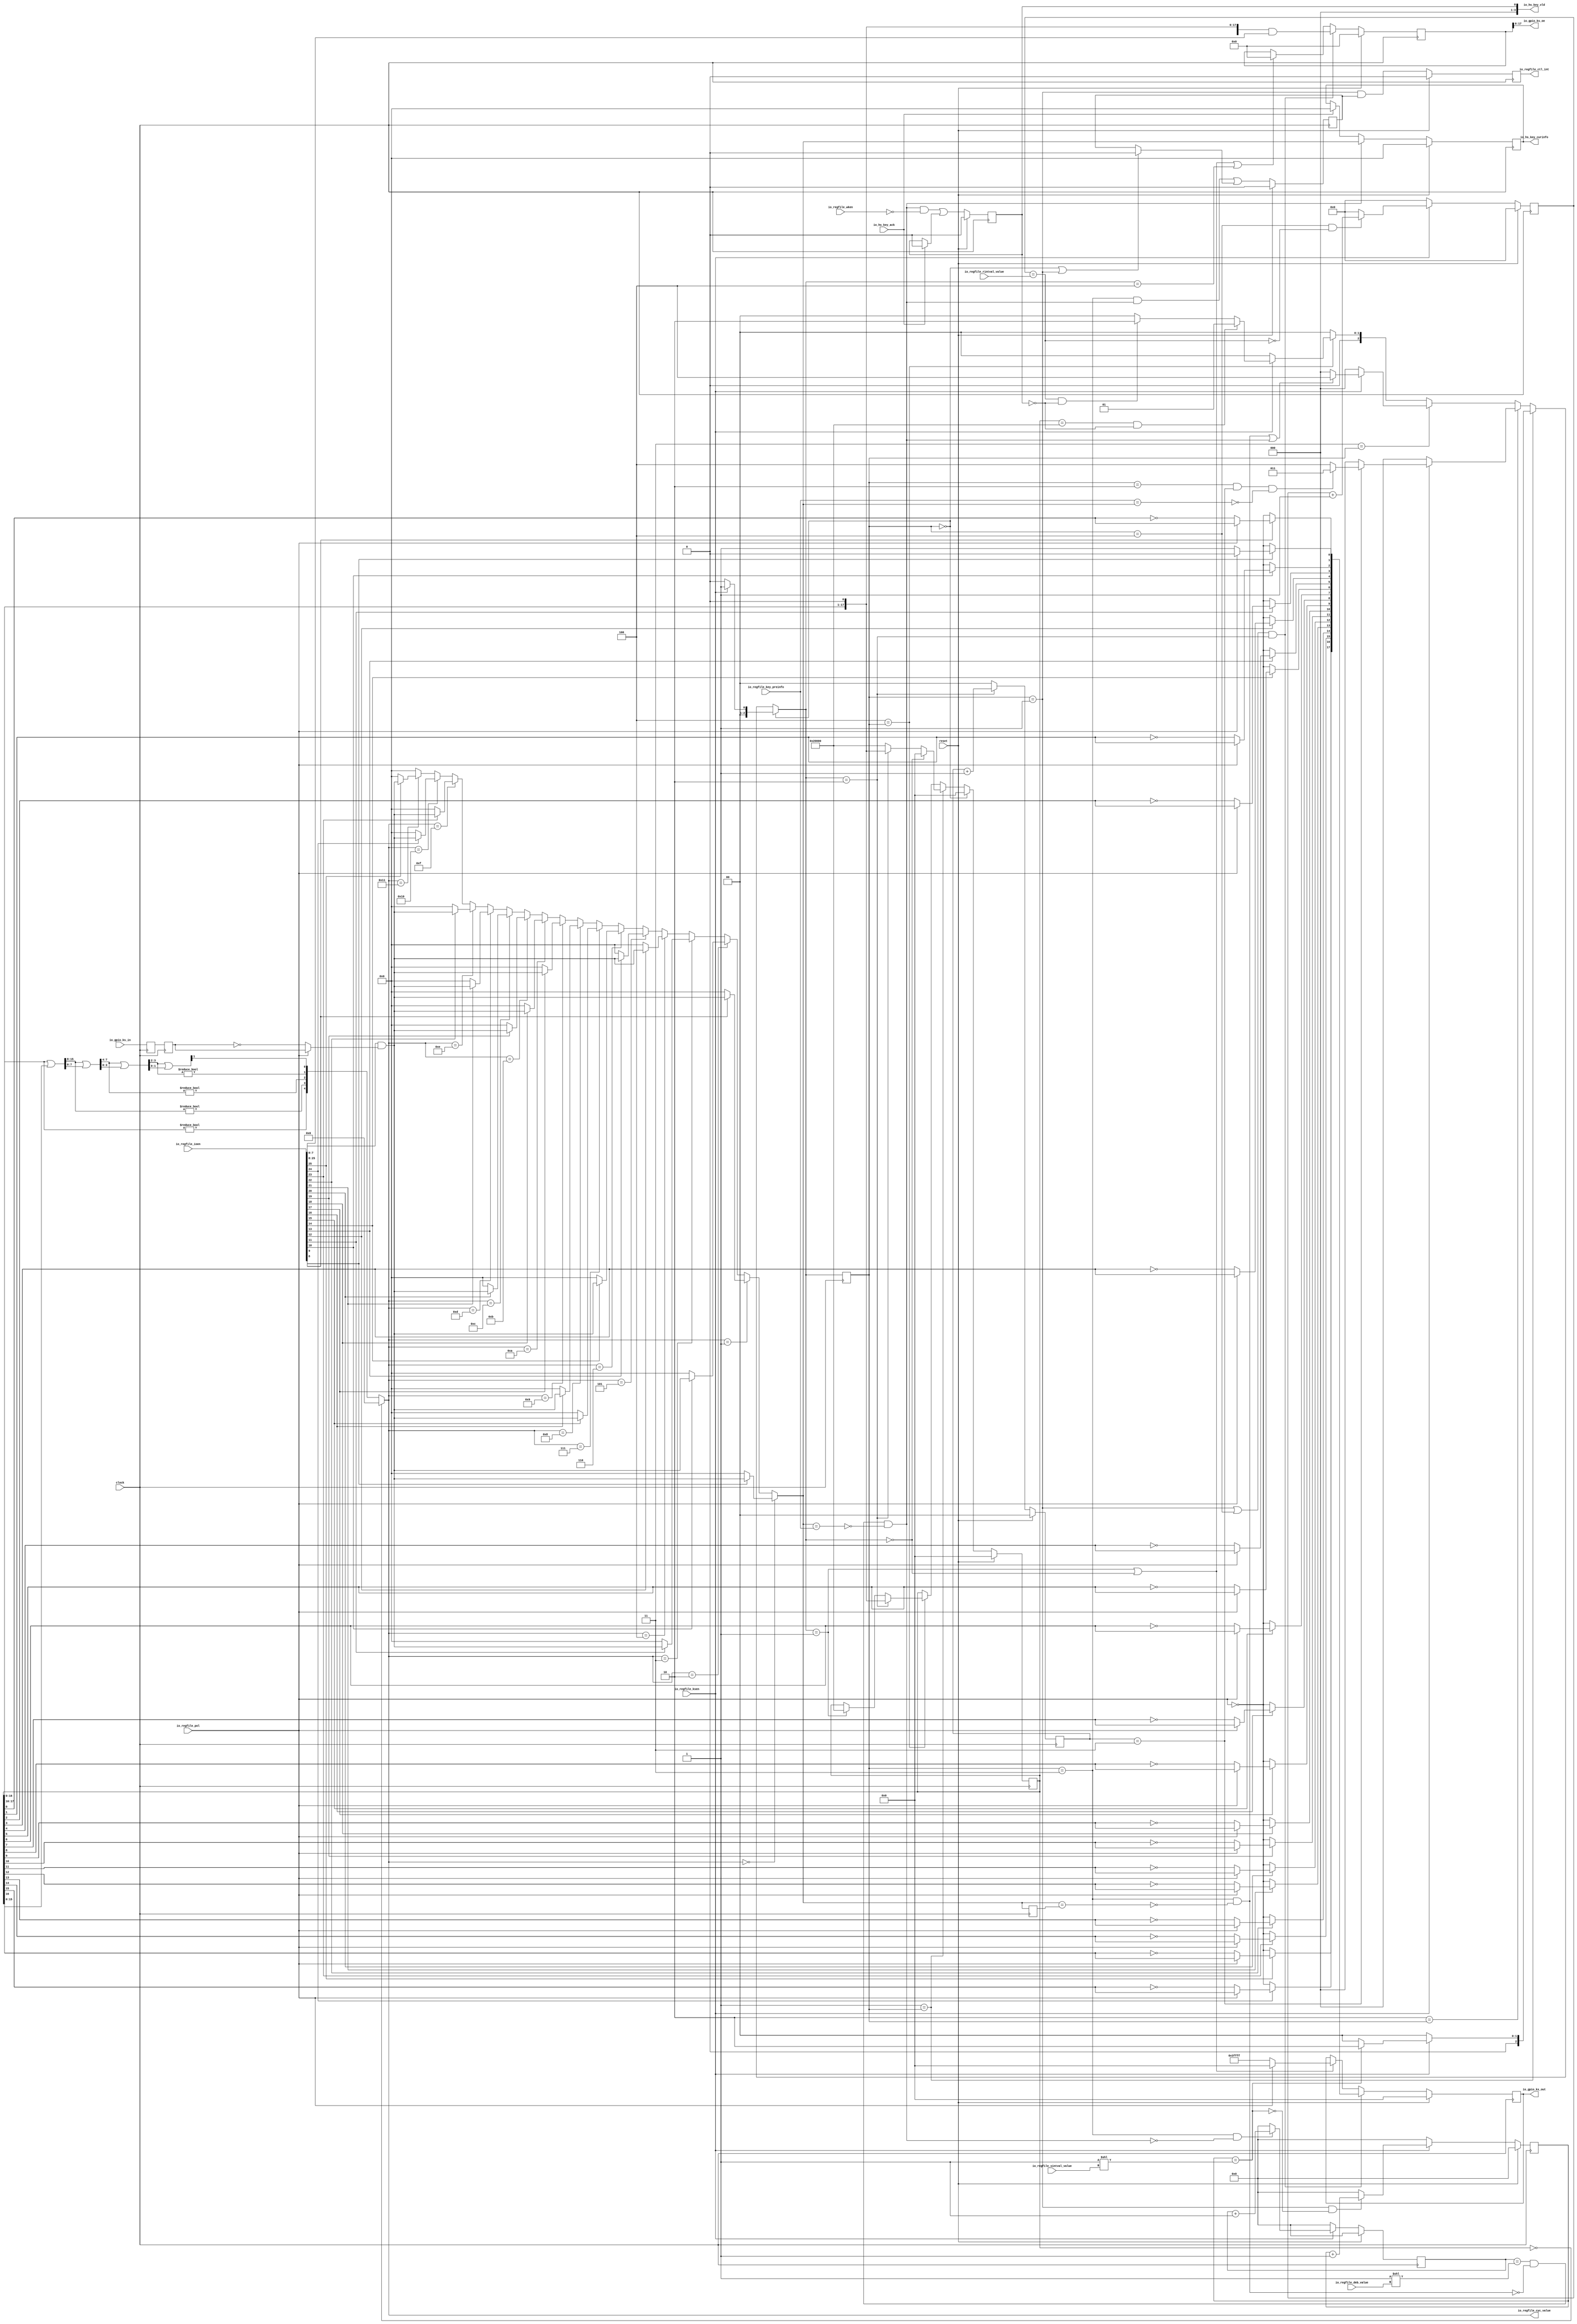
module Ctl(
  input         clock,
  input         reset,
  output [7:0]  io_hs_key_curinfo,
  output [3:0]  io_hs_key_vld,
  input         io_hs_key_ack,
  input         io_regfile_ksen,
  input         io_regfile_wken,
  input  [7:0]  io_regfile_key_preinfo,
  input  [25:0] io_regfile_ioen,
  input         io_regfile_pol,
  input  [3:0]  io_regfile_deb_value,
  input  [3:0]  io_regfile_rintval_value,
  input  [3:0]  io_regfile_sintval_value,
  output [4:0]  io_regfile_cyc_value,
  output        io_regfile_ctl_int,
  input  [7:0]  io_gpio_ks_in,
  output [17:0] io_gpio_ks_out,
  output [17:0] io_gpio_ks_oe
);
  reg [2:0] ks_state; // @[Ctl.scala 19:25]
  reg [31:0] _RAND_0;
  reg  key_vld; // @[Ctl.scala 26:24]
  reg [31:0] _RAND_1;
  reg [7:0] ks_in_d; // @[Ctl.scala 29:24]
  reg [31:0] _RAND_2;
  reg [7:0] ks_in_dd; // @[Ctl.scala 30:25]
  reg [31:0] _RAND_3;
  wire [17:0] out_en; // @[Ctl.scala 32:31]
  wire [7:0] in_en; // @[Ctl.scala 33:30]
  wire [7:0] _T; // @[Ctl.scala 39:45]
  wire [7:0] _T_1; // @[Ctl.scala 39:31]
  wire [7:0] ks_in_mask; // @[Ctl.scala 39:26]
  reg [17:0] cyc_cnt; // @[Ctl.scala 186:24]
  reg [31:0] _RAND_4;
  wire  _T_262; // @[Ctl.scala 212:15]
  wire [1:0] _T_263; // @[OneHot.scala 30:18]
  wire  _T_265; // @[OneHot.scala 32:14]
  wire [15:0] _T_264; // @[OneHot.scala 31:18]
  wire [15:0] _GEN_42; // @[OneHot.scala 32:28]
  wire [15:0] _T_266; // @[OneHot.scala 32:28]
  wire [7:0] _T_267; // @[OneHot.scala 30:18]
  wire  _T_269; // @[OneHot.scala 32:14]
  wire [7:0] _T_268; // @[OneHot.scala 31:18]
  wire [7:0] _T_270; // @[OneHot.scala 32:28]
  wire [3:0] _T_271; // @[OneHot.scala 30:18]
  wire  _T_273; // @[OneHot.scala 32:14]
  wire [3:0] _T_272; // @[OneHot.scala 31:18]
  wire [3:0] _T_274; // @[OneHot.scala 32:28]
  wire [1:0] _T_275; // @[OneHot.scala 30:18]
  wire  _T_277; // @[OneHot.scala 32:14]
  wire [1:0] _T_276; // @[OneHot.scala 31:18]
  wire [1:0] _T_278; // @[OneHot.scala 32:28]
  wire  _T_279; // @[CircuitMath.scala 30:8]
  wire [4:0] _T_283; // @[Cat.scala 29:58]
  wire [4:0] cyc_value; // @[Ctl.scala 212:22]
  wire  sel_cyc_value_0; // @[Ctl.scala 40:57]
  wire  sel_cyc_value_1; // @[Ctl.scala 40:57]
  wire  sel_cyc_value_2; // @[Ctl.scala 40:57]
  wire  sel_cyc_value_3; // @[Ctl.scala 40:57]
  wire  sel_cyc_value_4; // @[Ctl.scala 40:57]
  wire  sel_cyc_value_5; // @[Ctl.scala 40:57]
  wire  sel_cyc_value_6; // @[Ctl.scala 40:57]
  wire  sel_cyc_value_7; // @[Ctl.scala 40:57]
  wire  sel_cyc_value_8; // @[Ctl.scala 40:57]
  wire  sel_cyc_value_9; // @[Ctl.scala 40:57]
  wire  sel_cyc_value_10; // @[Ctl.scala 40:57]
  wire  sel_cyc_value_11; // @[Ctl.scala 40:57]
  wire  sel_cyc_value_12; // @[Ctl.scala 40:57]
  wire  sel_cyc_value_13; // @[Ctl.scala 40:57]
  wire  sel_cyc_value_14; // @[Ctl.scala 40:57]
  wire  sel_cyc_value_15; // @[Ctl.scala 40:57]
  wire  sel_cyc_value_16; // @[Ctl.scala 40:57]
  wire  sel_cyc_value_17; // @[Ctl.scala 40:57]
  wire  _T_2; // @[Ctl.scala 41:58]
  wire [7:0] sel_ks_in_mask_0; // @[Ctl.scala 41:51]
  wire  _T_3; // @[Ctl.scala 41:58]
  wire [7:0] sel_ks_in_mask_1; // @[Ctl.scala 41:51]
  wire  _T_4; // @[Ctl.scala 41:58]
  wire [7:0] sel_ks_in_mask_2; // @[Ctl.scala 41:51]
  wire  _T_5; // @[Ctl.scala 41:58]
  wire [7:0] sel_ks_in_mask_3; // @[Ctl.scala 41:51]
  wire  _T_6; // @[Ctl.scala 41:58]
  wire [7:0] sel_ks_in_mask_4; // @[Ctl.scala 41:51]
  wire  _T_7; // @[Ctl.scala 41:58]
  wire [7:0] sel_ks_in_mask_5; // @[Ctl.scala 41:51]
  wire  _T_8; // @[Ctl.scala 41:58]
  wire [7:0] sel_ks_in_mask_6; // @[Ctl.scala 41:51]
  wire  _T_9; // @[Ctl.scala 41:58]
  wire [7:0] sel_ks_in_mask_7; // @[Ctl.scala 41:51]
  wire  _T_10; // @[Ctl.scala 41:58]
  wire [7:0] sel_ks_in_mask_8; // @[Ctl.scala 41:51]
  wire  _T_11; // @[Ctl.scala 41:58]
  wire [7:0] sel_ks_in_mask_9; // @[Ctl.scala 41:51]
  wire  _T_12; // @[Ctl.scala 41:58]
  wire [7:0] sel_ks_in_mask_10; // @[Ctl.scala 41:51]
  wire  _T_13; // @[Ctl.scala 41:58]
  wire [7:0] sel_ks_in_mask_11; // @[Ctl.scala 41:51]
  wire  _T_14; // @[Ctl.scala 41:58]
  wire [7:0] sel_ks_in_mask_12; // @[Ctl.scala 41:51]
  wire  _T_15; // @[Ctl.scala 41:58]
  wire [7:0] sel_ks_in_mask_13; // @[Ctl.scala 41:51]
  wire  _T_16; // @[Ctl.scala 41:58]
  wire [7:0] sel_ks_in_mask_14; // @[Ctl.scala 41:51]
  wire  _T_17; // @[Ctl.scala 41:58]
  wire [7:0] sel_ks_in_mask_15; // @[Ctl.scala 41:51]
  wire  _T_18; // @[Ctl.scala 41:58]
  wire [7:0] sel_ks_in_mask_16; // @[Ctl.scala 41:51]
  wire  _T_19; // @[Ctl.scala 41:58]
  wire [7:0] sel_ks_in_mask_17; // @[Ctl.scala 41:51]
  wire [7:0] _T_20; // @[Mux.scala 87:16]
  wire [7:0] _T_21; // @[Mux.scala 87:16]
  wire [7:0] _T_22; // @[Mux.scala 87:16]
  wire [7:0] _T_23; // @[Mux.scala 87:16]
  wire [7:0] _T_24; // @[Mux.scala 87:16]
  wire [7:0] _T_25; // @[Mux.scala 87:16]
  wire [7:0] _T_26; // @[Mux.scala 87:16]
  wire [7:0] _T_27; // @[Mux.scala 87:16]
  wire [7:0] _T_28; // @[Mux.scala 87:16]
  wire [7:0] _T_29; // @[Mux.scala 87:16]
  wire [7:0] _T_30; // @[Mux.scala 87:16]
  wire [7:0] _T_31; // @[Mux.scala 87:16]
  wire [7:0] _T_32; // @[Mux.scala 87:16]
  wire [7:0] _T_33; // @[Mux.scala 87:16]
  wire [7:0] _T_34; // @[Mux.scala 87:16]
  wire [7:0] _T_35; // @[Mux.scala 87:16]
  wire [7:0] _T_36; // @[Mux.scala 87:16]
  wire [7:0] key_cur_st; // @[Mux.scala 87:16]
  wire  _T_37; // @[Ctl.scala 43:33]
  reg [1:0] step_cnt; // @[Ctl.scala 125:25]
  reg [31:0] _RAND_5;
  wire  step_cnt_max; // @[Ctl.scala 131:27]
  wire  _T_38; // @[Ctl.scala 43:45]
  wire  _T_39; // @[Ctl.scala 43:72]
  wire  _T_40; // @[Ctl.scala 43:60]
  wire  key_change; // @[Ctl.scala 43:23]
  reg [7:0] key_cur_st_d; // @[Ctl.scala 44:29]
  reg [31:0] _RAND_6;
  wire  _T_41; // @[Ctl.scala 45:31]
  wire  _T_42; // @[Ctl.scala 45:54]
  wire  _T_43; // @[Ctl.scala 45:41]
  wire  key_pulse; // @[Ctl.scala 45:22]
  reg [18:0] f_ks_oe; // @[Ctl.scala 53:24]
  reg [31:0] _RAND_7;
  wire [18:0] cyc_cnt_shift; // @[Ctl.scala 187:29]
  wire [18:0] _GEN_43; // @[Ctl.scala 54:31]
  wire [18:0] m_ks_oe; // @[Ctl.scala 54:31]
  wire  _T_44; // @[Ctl.scala 55:17]
  wire  _T_45; // @[Ctl.scala 55:43]
  wire  _T_46; // @[Ctl.scala 55:32]
  wire  _T_236; // @[Conditional.scala 37:30]
  wire [2:0] _GEN_11; // @[Ctl.scala 145:24]
  wire  _T_238; // @[Conditional.scala 37:30]
  wire  _T_239; // @[Ctl.scala 148:12]
  reg [15:0] sintval_cnt; // @[Ctl.scala 98:28]
  reg [31:0] _RAND_8;
  wire [15:0] sintval_cnt_max; // @[Ctl.scala 97:36]
  wire  sintval_finish; // @[Ctl.scala 106:32]
  wire [2:0] _GEN_12; // @[Ctl.scala 150:33]
  wire [2:0] _GEN_13; // @[Ctl.scala 148:19]
  wire  _T_240; // @[Conditional.scala 37:30]
  wire [2:0] _GEN_14; // @[Ctl.scala 158:34]
  wire [2:0] _GEN_15; // @[Ctl.scala 157:31]
  wire [2:0] _GEN_16; // @[Ctl.scala 155:19]
  wire  _T_243; // @[Conditional.scala 37:30]
  reg [15:0] deb_cnt; // @[Ctl.scala 82:24]
  reg [31:0] _RAND_9;
  wire [15:0] deb_cnt_max; // @[Ctl.scala 81:32]
  wire  _T_212; // @[Ctl.scala 90:27]
  wire  _T_213; // @[Ctl.scala 90:46]
  wire  _T_214; // @[Ctl.scala 90:43]
  wire  _T_215; // @[Ctl.scala 90:73]
  wire  _T_216; // @[Ctl.scala 90:60]
  wire  valid_change; // @[Ctl.scala 90:57]
  wire  _T_245; // @[Ctl.scala 168:29]
  wire [2:0] _GEN_17; // @[Ctl.scala 168:54]
  wire [2:0] _GEN_18; // @[Ctl.scala 166:19]
  wire  _T_247; // @[Conditional.scala 37:30]
  wire  cnt_complt; // @[Ctl.scala 188:24]
  wire  _T_249; // @[Ctl.scala 175:31]
  wire  _T_250; // @[Ctl.scala 175:29]
  reg [3:0] rintval_cnt; // @[Ctl.scala 112:28]
  reg [31:0] _RAND_10;
  wire  rintval_finish; // @[Ctl.scala 120:33]
  wire  _T_252; // @[Ctl.scala 177:33]
  wire [2:0] _GEN_19; // @[Ctl.scala 177:44]
  wire [2:0] _GEN_20; // @[Ctl.scala 175:40]
  wire [2:0] _GEN_21; // @[Ctl.scala 173:19]
  wire [2:0] _GEN_22; // @[Conditional.scala 39:67]
  wire [2:0] _GEN_23; // @[Conditional.scala 39:67]
  wire [2:0] _GEN_24; // @[Conditional.scala 39:67]
  wire [2:0] _GEN_25; // @[Conditional.scala 39:67]
  wire [2:0] n_ks_state; // @[Conditional.scala 40:58]
  wire  _T_47; // @[Ctl.scala 55:69]
  wire  _T_48; // @[Ctl.scala 55:55]
  wire  _T_49; // @[Ctl.scala 57:24]
  wire  _T_50; // @[Ctl.scala 57:52]
  wire  _T_51; // @[Ctl.scala 57:39]
  wire  _T_52; // @[Ctl.scala 57:76]
  wire  _T_53; // @[Ctl.scala 57:63]
  reg [17:0] f_ks_out; // @[Ctl.scala 67:25]
  reg [31:0] _RAND_11;
  wire  _T_55; // @[Ctl.scala 69:69]
  wire  _T_57; // @[Ctl.scala 69:73]
  wire  _T_58; // @[Ctl.scala 69:51]
  wire  _T_59; // @[Ctl.scala 69:92]
  wire  m_ks_out_0; // @[Ctl.scala 69:37]
  wire  _T_62; // @[Ctl.scala 69:69]
  wire  _T_64; // @[Ctl.scala 69:73]
  wire  _T_65; // @[Ctl.scala 69:51]
  wire  m_ks_out_1; // @[Ctl.scala 69:37]
  wire  _T_69; // @[Ctl.scala 69:69]
  wire  _T_71; // @[Ctl.scala 69:73]
  wire  _T_72; // @[Ctl.scala 69:51]
  wire  m_ks_out_2; // @[Ctl.scala 69:37]
  wire  _T_76; // @[Ctl.scala 69:69]
  wire  _T_78; // @[Ctl.scala 69:73]
  wire  _T_79; // @[Ctl.scala 69:51]
  wire  m_ks_out_3; // @[Ctl.scala 69:37]
  wire  _T_83; // @[Ctl.scala 69:69]
  wire  _T_85; // @[Ctl.scala 69:73]
  wire  _T_86; // @[Ctl.scala 69:51]
  wire  m_ks_out_4; // @[Ctl.scala 69:37]
  wire  _T_90; // @[Ctl.scala 69:69]
  wire  _T_92; // @[Ctl.scala 69:73]
  wire  _T_93; // @[Ctl.scala 69:51]
  wire  m_ks_out_5; // @[Ctl.scala 69:37]
  wire  _T_97; // @[Ctl.scala 69:69]
  wire  _T_99; // @[Ctl.scala 69:73]
  wire  _T_100; // @[Ctl.scala 69:51]
  wire  m_ks_out_6; // @[Ctl.scala 69:37]
  wire  _T_104; // @[Ctl.scala 69:69]
  wire  _T_106; // @[Ctl.scala 69:73]
  wire  _T_107; // @[Ctl.scala 69:51]
  wire  m_ks_out_7; // @[Ctl.scala 69:37]
  wire  _T_111; // @[Ctl.scala 69:69]
  wire  _T_113; // @[Ctl.scala 69:73]
  wire  _T_114; // @[Ctl.scala 69:51]
  wire  m_ks_out_8; // @[Ctl.scala 69:37]
  wire  _T_118; // @[Ctl.scala 69:69]
  wire  _T_120; // @[Ctl.scala 69:73]
  wire  _T_121; // @[Ctl.scala 69:51]
  wire  m_ks_out_9; // @[Ctl.scala 69:37]
  wire  _T_125; // @[Ctl.scala 69:69]
  wire  _T_127; // @[Ctl.scala 69:73]
  wire  _T_128; // @[Ctl.scala 69:51]
  wire  m_ks_out_10; // @[Ctl.scala 69:37]
  wire  _T_132; // @[Ctl.scala 69:69]
  wire  _T_134; // @[Ctl.scala 69:73]
  wire  _T_135; // @[Ctl.scala 69:51]
  wire  m_ks_out_11; // @[Ctl.scala 69:37]
  wire  _T_139; // @[Ctl.scala 69:69]
  wire  _T_141; // @[Ctl.scala 69:73]
  wire  _T_142; // @[Ctl.scala 69:51]
  wire  m_ks_out_12; // @[Ctl.scala 69:37]
  wire  _T_146; // @[Ctl.scala 69:69]
  wire  _T_148; // @[Ctl.scala 69:73]
  wire  _T_149; // @[Ctl.scala 69:51]
  wire  m_ks_out_13; // @[Ctl.scala 69:37]
  wire  _T_153; // @[Ctl.scala 69:69]
  wire  _T_155; // @[Ctl.scala 69:73]
  wire  _T_156; // @[Ctl.scala 69:51]
  wire  m_ks_out_14; // @[Ctl.scala 69:37]
  wire  _T_160; // @[Ctl.scala 69:69]
  wire  _T_162; // @[Ctl.scala 69:73]
  wire  _T_163; // @[Ctl.scala 69:51]
  wire  m_ks_out_15; // @[Ctl.scala 69:37]
  wire  _T_167; // @[Ctl.scala 69:69]
  wire  _T_169; // @[Ctl.scala 69:73]
  wire  _T_170; // @[Ctl.scala 69:51]
  wire  m_ks_out_16; // @[Ctl.scala 69:37]
  wire  _T_174; // @[Ctl.scala 69:69]
  wire  _T_176; // @[Ctl.scala 69:73]
  wire  _T_177; // @[Ctl.scala 69:51]
  wire  m_ks_out_17; // @[Ctl.scala 69:37]
  wire [8:0] _T_192; // @[Ctl.scala 71:32]
  wire [17:0] _T_201; // @[Ctl.scala 71:32]
  wire  _T_208; // @[Ctl.scala 85:35]
  wire  _T_209; // @[Ctl.scala 85:32]
  wire [15:0] _T_211; // @[Ctl.scala 86:24]
  wire  _T_220; // @[Ctl.scala 101:40]
  wire  _T_221; // @[Ctl.scala 101:37]
  wire [15:0] _T_223; // @[Ctl.scala 102:32]
  wire  _T_227; // @[Ctl.scala 115:36]
  wire  _T_228; // @[Ctl.scala 115:33]
  wire [3:0] _T_230; // @[Ctl.scala 116:31]
  wire [1:0] _T_234; // @[Ctl.scala 127:23]
  wire [18:0] _GEN_27; // @[Ctl.scala 196:39]
  wire [18:0] _GEN_28; // @[Ctl.scala 194:33]
  wire [17:0] _GEN_29; // @[Ctl.scala 205:43]
  wire [18:0] _GEN_30; // @[Ctl.scala 203:33]
  wire [18:0] _GEN_31; // @[Conditional.scala 39:67]
  wire [18:0] _GEN_32; // @[Conditional.scala 39:67]
  wire [18:0] _GEN_33; // @[Conditional.scala 40:58]
  wire  _T_284; // @[Ctl.scala 224:24]
  wire  _T_285; // @[Ctl.scala 224:21]
  wire  _GEN_35; // @[Ctl.scala 226:33]
  wire  _GEN_36; // @[Ctl.scala 224:31]
  reg [7:0] key_curinfo; // @[Ctl.scala 229:28]
  reg [31:0] _RAND_12;
  reg  int_trig; // @[Ctl.scala 239:25]
  reg [31:0] _RAND_13;
  wire  _T_289; // @[Ctl.scala 240:26]
  wire  _T_290; // @[Ctl.scala 242:22]
  wire  _T_292; // @[Ctl.scala 242:33]
  wire  _GEN_39; // @[Ctl.scala 242:59]
  wire  _GEN_40; // @[Ctl.scala 240:42]
  reg  ctl_int; // @[Ctl.scala 245:24]
  reg [31:0] _RAND_14;
  wire  _GEN_41; // @[Ctl.scala 246:31]
  assign out_en = io_regfile_ioen[25:8]; // @[Ctl.scala 32:31]
  assign in_en = io_regfile_ioen[7:0]; // @[Ctl.scala 33:30]
  assign _T = ~ ks_in_dd; // @[Ctl.scala 39:45]
  assign _T_1 = io_regfile_pol ? ks_in_dd : _T; // @[Ctl.scala 39:31]
  assign ks_in_mask = in_en & _T_1; // @[Ctl.scala 39:26]
  assign _T_262 = cyc_cnt == 18'h0; // @[Ctl.scala 212:15]
  assign _T_263 = cyc_cnt[17:16]; // @[OneHot.scala 30:18]
  assign _T_265 = _T_263 != 2'h0; // @[OneHot.scala 32:14]
  assign _T_264 = cyc_cnt[15:0]; // @[OneHot.scala 31:18]
  assign _GEN_42 = {{14'd0}, _T_263}; // @[OneHot.scala 32:28]
  assign _T_266 = _GEN_42 | _T_264; // @[OneHot.scala 32:28]
  assign _T_267 = _T_266[15:8]; // @[OneHot.scala 30:18]
  assign _T_269 = _T_267 != 8'h0; // @[OneHot.scala 32:14]
  assign _T_268 = _T_266[7:0]; // @[OneHot.scala 31:18]
  assign _T_270 = _T_267 | _T_268; // @[OneHot.scala 32:28]
  assign _T_271 = _T_270[7:4]; // @[OneHot.scala 30:18]
  assign _T_273 = _T_271 != 4'h0; // @[OneHot.scala 32:14]
  assign _T_272 = _T_270[3:0]; // @[OneHot.scala 31:18]
  assign _T_274 = _T_271 | _T_272; // @[OneHot.scala 32:28]
  assign _T_275 = _T_274[3:2]; // @[OneHot.scala 30:18]
  assign _T_277 = _T_275 != 2'h0; // @[OneHot.scala 32:14]
  assign _T_276 = _T_274[1:0]; // @[OneHot.scala 31:18]
  assign _T_278 = _T_275 | _T_276; // @[OneHot.scala 32:28]
  assign _T_279 = _T_278[1]; // @[CircuitMath.scala 30:8]
  assign _T_283 = {_T_265,_T_269,_T_273,_T_277,_T_279}; // @[Cat.scala 29:58]
  assign cyc_value = _T_262 ? 5'h0 : _T_283; // @[Ctl.scala 212:22]
  assign sel_cyc_value_0 = cyc_value == 5'h0; // @[Ctl.scala 40:57]
  assign sel_cyc_value_1 = cyc_value == 5'h1; // @[Ctl.scala 40:57]
  assign sel_cyc_value_2 = cyc_value == 5'h2; // @[Ctl.scala 40:57]
  assign sel_cyc_value_3 = cyc_value == 5'h3; // @[Ctl.scala 40:57]
  assign sel_cyc_value_4 = cyc_value == 5'h4; // @[Ctl.scala 40:57]
  assign sel_cyc_value_5 = cyc_value == 5'h5; // @[Ctl.scala 40:57]
  assign sel_cyc_value_6 = cyc_value == 5'h6; // @[Ctl.scala 40:57]
  assign sel_cyc_value_7 = cyc_value == 5'h7; // @[Ctl.scala 40:57]
  assign sel_cyc_value_8 = cyc_value == 5'h8; // @[Ctl.scala 40:57]
  assign sel_cyc_value_9 = cyc_value == 5'h9; // @[Ctl.scala 40:57]
  assign sel_cyc_value_10 = cyc_value == 5'ha; // @[Ctl.scala 40:57]
  assign sel_cyc_value_11 = cyc_value == 5'hb; // @[Ctl.scala 40:57]
  assign sel_cyc_value_12 = cyc_value == 5'hc; // @[Ctl.scala 40:57]
  assign sel_cyc_value_13 = cyc_value == 5'hd; // @[Ctl.scala 40:57]
  assign sel_cyc_value_14 = cyc_value == 5'he; // @[Ctl.scala 40:57]
  assign sel_cyc_value_15 = cyc_value == 5'hf; // @[Ctl.scala 40:57]
  assign sel_cyc_value_16 = cyc_value == 5'h10; // @[Ctl.scala 40:57]
  assign sel_cyc_value_17 = cyc_value == 5'h11; // @[Ctl.scala 40:57]
  assign _T_2 = out_en[0]; // @[Ctl.scala 41:58]
  assign sel_ks_in_mask_0 = _T_2 ? ks_in_mask : 8'h0; // @[Ctl.scala 41:51]
  assign _T_3 = out_en[1]; // @[Ctl.scala 41:58]
  assign sel_ks_in_mask_1 = _T_3 ? ks_in_mask : 8'h0; // @[Ctl.scala 41:51]
  assign _T_4 = out_en[2]; // @[Ctl.scala 41:58]
  assign sel_ks_in_mask_2 = _T_4 ? ks_in_mask : 8'h0; // @[Ctl.scala 41:51]
  assign _T_5 = out_en[3]; // @[Ctl.scala 41:58]
  assign sel_ks_in_mask_3 = _T_5 ? ks_in_mask : 8'h0; // @[Ctl.scala 41:51]
  assign _T_6 = out_en[4]; // @[Ctl.scala 41:58]
  assign sel_ks_in_mask_4 = _T_6 ? ks_in_mask : 8'h0; // @[Ctl.scala 41:51]
  assign _T_7 = out_en[5]; // @[Ctl.scala 41:58]
  assign sel_ks_in_mask_5 = _T_7 ? ks_in_mask : 8'h0; // @[Ctl.scala 41:51]
  assign _T_8 = out_en[6]; // @[Ctl.scala 41:58]
  assign sel_ks_in_mask_6 = _T_8 ? ks_in_mask : 8'h0; // @[Ctl.scala 41:51]
  assign _T_9 = out_en[7]; // @[Ctl.scala 41:58]
  assign sel_ks_in_mask_7 = _T_9 ? ks_in_mask : 8'h0; // @[Ctl.scala 41:51]
  assign _T_10 = out_en[8]; // @[Ctl.scala 41:58]
  assign sel_ks_in_mask_8 = _T_10 ? ks_in_mask : 8'h0; // @[Ctl.scala 41:51]
  assign _T_11 = out_en[9]; // @[Ctl.scala 41:58]
  assign sel_ks_in_mask_9 = _T_11 ? ks_in_mask : 8'h0; // @[Ctl.scala 41:51]
  assign _T_12 = out_en[10]; // @[Ctl.scala 41:58]
  assign sel_ks_in_mask_10 = _T_12 ? ks_in_mask : 8'h0; // @[Ctl.scala 41:51]
  assign _T_13 = out_en[11]; // @[Ctl.scala 41:58]
  assign sel_ks_in_mask_11 = _T_13 ? ks_in_mask : 8'h0; // @[Ctl.scala 41:51]
  assign _T_14 = out_en[12]; // @[Ctl.scala 41:58]
  assign sel_ks_in_mask_12 = _T_14 ? ks_in_mask : 8'h0; // @[Ctl.scala 41:51]
  assign _T_15 = out_en[13]; // @[Ctl.scala 41:58]
  assign sel_ks_in_mask_13 = _T_15 ? ks_in_mask : 8'h0; // @[Ctl.scala 41:51]
  assign _T_16 = out_en[14]; // @[Ctl.scala 41:58]
  assign sel_ks_in_mask_14 = _T_16 ? ks_in_mask : 8'h0; // @[Ctl.scala 41:51]
  assign _T_17 = out_en[15]; // @[Ctl.scala 41:58]
  assign sel_ks_in_mask_15 = _T_17 ? ks_in_mask : 8'h0; // @[Ctl.scala 41:51]
  assign _T_18 = out_en[16]; // @[Ctl.scala 41:58]
  assign sel_ks_in_mask_16 = _T_18 ? ks_in_mask : 8'h0; // @[Ctl.scala 41:51]
  assign _T_19 = out_en[17]; // @[Ctl.scala 41:58]
  assign sel_ks_in_mask_17 = _T_19 ? ks_in_mask : 8'h0; // @[Ctl.scala 41:51]
  assign _T_20 = sel_cyc_value_17 ? sel_ks_in_mask_17 : 8'h0; // @[Mux.scala 87:16]
  assign _T_21 = sel_cyc_value_16 ? sel_ks_in_mask_16 : _T_20; // @[Mux.scala 87:16]
  assign _T_22 = sel_cyc_value_15 ? sel_ks_in_mask_15 : _T_21; // @[Mux.scala 87:16]
  assign _T_23 = sel_cyc_value_14 ? sel_ks_in_mask_14 : _T_22; // @[Mux.scala 87:16]
  assign _T_24 = sel_cyc_value_13 ? sel_ks_in_mask_13 : _T_23; // @[Mux.scala 87:16]
  assign _T_25 = sel_cyc_value_12 ? sel_ks_in_mask_12 : _T_24; // @[Mux.scala 87:16]
  assign _T_26 = sel_cyc_value_11 ? sel_ks_in_mask_11 : _T_25; // @[Mux.scala 87:16]
  assign _T_27 = sel_cyc_value_10 ? sel_ks_in_mask_10 : _T_26; // @[Mux.scala 87:16]
  assign _T_28 = sel_cyc_value_9 ? sel_ks_in_mask_9 : _T_27; // @[Mux.scala 87:16]
  assign _T_29 = sel_cyc_value_8 ? sel_ks_in_mask_8 : _T_28; // @[Mux.scala 87:16]
  assign _T_30 = sel_cyc_value_7 ? sel_ks_in_mask_7 : _T_29; // @[Mux.scala 87:16]
  assign _T_31 = sel_cyc_value_6 ? sel_ks_in_mask_6 : _T_30; // @[Mux.scala 87:16]
  assign _T_32 = sel_cyc_value_5 ? sel_ks_in_mask_5 : _T_31; // @[Mux.scala 87:16]
  assign _T_33 = sel_cyc_value_4 ? sel_ks_in_mask_4 : _T_32; // @[Mux.scala 87:16]
  assign _T_34 = sel_cyc_value_3 ? sel_ks_in_mask_3 : _T_33; // @[Mux.scala 87:16]
  assign _T_35 = sel_cyc_value_2 ? sel_ks_in_mask_2 : _T_34; // @[Mux.scala 87:16]
  assign _T_36 = sel_cyc_value_1 ? sel_ks_in_mask_1 : _T_35; // @[Mux.scala 87:16]
  assign key_cur_st = sel_cyc_value_0 ? sel_ks_in_mask_0 : _T_36; // @[Mux.scala 87:16]
  assign _T_37 = ks_state == 3'h2; // @[Ctl.scala 43:33]
  assign step_cnt_max = step_cnt == 2'h3; // @[Ctl.scala 131:27]
  assign _T_38 = _T_37 & step_cnt_max; // @[Ctl.scala 43:45]
  assign _T_39 = io_regfile_key_preinfo == key_cur_st; // @[Ctl.scala 43:72]
  assign _T_40 = _T_39 == 1'h0; // @[Ctl.scala 43:60]
  assign key_change = _T_38 & _T_40; // @[Ctl.scala 43:23]
  assign _T_41 = ks_state == 3'h3; // @[Ctl.scala 45:31]
  assign _T_42 = key_cur_st == key_cur_st_d; // @[Ctl.scala 45:54]
  assign _T_43 = _T_42 == 1'h0; // @[Ctl.scala 45:41]
  assign key_pulse = _T_41 & _T_43; // @[Ctl.scala 45:22]
  assign cyc_cnt_shift = {cyc_cnt, 1'h0}; // @[Ctl.scala 187:29]
  assign _GEN_43 = {{1'd0}, out_en}; // @[Ctl.scala 54:31]
  assign m_ks_oe = cyc_cnt_shift & _GEN_43; // @[Ctl.scala 54:31]
  assign _T_44 = ks_state == 3'h1; // @[Ctl.scala 55:17]
  assign _T_45 = ks_state == 3'h4; // @[Ctl.scala 55:43]
  assign _T_46 = _T_44 | _T_45; // @[Ctl.scala 55:32]
  assign _T_236 = 3'h0 == ks_state; // @[Conditional.scala 37:30]
  assign _GEN_11 = io_regfile_ksen ? 3'h1 : 3'h0; // @[Ctl.scala 145:24]
  assign _T_238 = 3'h1 == ks_state; // @[Conditional.scala 37:30]
  assign _T_239 = io_regfile_ksen == 1'h0; // @[Ctl.scala 148:12]
  assign sintval_cnt_max = 16'h1 << io_regfile_sintval_value; // @[Ctl.scala 97:36]
  assign sintval_finish = sintval_cnt == sintval_cnt_max; // @[Ctl.scala 106:32]
  assign _GEN_12 = sintval_finish ? 3'h2 : 3'h0; // @[Ctl.scala 150:33]
  assign _GEN_13 = _T_239 ? 3'h0 : _GEN_12; // @[Ctl.scala 148:19]
  assign _T_240 = 3'h2 == ks_state; // @[Conditional.scala 37:30]
  assign _GEN_14 = key_change ? 3'h3 : 3'h4; // @[Ctl.scala 158:34]
  assign _GEN_15 = step_cnt_max ? _GEN_14 : 3'h0; // @[Ctl.scala 157:31]
  assign _GEN_16 = _T_239 ? 3'h0 : _GEN_15; // @[Ctl.scala 155:19]
  assign _T_243 = 3'h3 == ks_state; // @[Conditional.scala 37:30]
  assign deb_cnt_max = 16'h1 << io_regfile_deb_value; // @[Ctl.scala 81:32]
  assign _T_212 = deb_cnt == deb_cnt_max; // @[Ctl.scala 90:27]
  assign _T_213 = key_pulse == 1'h0; // @[Ctl.scala 90:46]
  assign _T_214 = _T_212 & _T_213; // @[Ctl.scala 90:43]
  assign _T_215 = key_cur_st == io_regfile_key_preinfo; // @[Ctl.scala 90:73]
  assign _T_216 = _T_215 == 1'h0; // @[Ctl.scala 90:60]
  assign valid_change = _T_214 & _T_216; // @[Ctl.scala 90:57]
  assign _T_245 = key_pulse | valid_change; // @[Ctl.scala 168:29]
  assign _GEN_17 = _T_245 ? 3'h4 : 3'h0; // @[Ctl.scala 168:54]
  assign _GEN_18 = _T_239 ? 3'h0 : _GEN_17; // @[Ctl.scala 166:19]
  assign _T_247 = 3'h4 == ks_state; // @[Conditional.scala 37:30]
  assign cnt_complt = cyc_cnt == 18'h20000; // @[Ctl.scala 188:24]
  assign _T_249 = key_vld == 1'h0; // @[Ctl.scala 175:31]
  assign _T_250 = cnt_complt & _T_249; // @[Ctl.scala 175:29]
  assign rintval_finish = rintval_cnt == io_regfile_rintval_value; // @[Ctl.scala 120:33]
  assign _T_252 = rintval_finish & _T_249; // @[Ctl.scala 177:33]
  assign _GEN_19 = _T_252 ? 3'h2 : 3'h0; // @[Ctl.scala 177:44]
  assign _GEN_20 = _T_250 ? 3'h1 : _GEN_19; // @[Ctl.scala 175:40]
  assign _GEN_21 = _T_239 ? 3'h0 : _GEN_20; // @[Ctl.scala 173:19]
  assign _GEN_22 = _T_247 ? _GEN_21 : 3'h0; // @[Conditional.scala 39:67]
  assign _GEN_23 = _T_243 ? _GEN_18 : _GEN_22; // @[Conditional.scala 39:67]
  assign _GEN_24 = _T_240 ? _GEN_16 : _GEN_23; // @[Conditional.scala 39:67]
  assign _GEN_25 = _T_238 ? _GEN_13 : _GEN_24; // @[Conditional.scala 39:67]
  assign n_ks_state = _T_236 ? _GEN_11 : _GEN_25; // @[Conditional.scala 40:58]
  assign _T_47 = n_ks_state == 3'h2; // @[Ctl.scala 55:69]
  assign _T_48 = _T_46 & _T_47; // @[Ctl.scala 55:55]
  assign _T_49 = n_ks_state == 3'h1; // @[Ctl.scala 57:24]
  assign _T_50 = n_ks_state == 3'h0; // @[Ctl.scala 57:52]
  assign _T_51 = _T_49 | _T_50; // @[Ctl.scala 57:39]
  assign _T_52 = n_ks_state == 3'h4; // @[Ctl.scala 57:76]
  assign _T_53 = _T_51 | _T_52; // @[Ctl.scala 57:63]
  assign _T_55 = cyc_cnt_shift[0]; // @[Ctl.scala 69:69]
  assign _T_57 = ~ _T_55; // @[Ctl.scala 69:73]
  assign _T_58 = io_regfile_pol ? _T_55 : _T_57; // @[Ctl.scala 69:51]
  assign _T_59 = ~ io_regfile_pol; // @[Ctl.scala 69:92]
  assign m_ks_out_0 = _T_2 ? _T_58 : _T_59; // @[Ctl.scala 69:37]
  assign _T_62 = cyc_cnt_shift[1]; // @[Ctl.scala 69:69]
  assign _T_64 = ~ _T_62; // @[Ctl.scala 69:73]
  assign _T_65 = io_regfile_pol ? _T_62 : _T_64; // @[Ctl.scala 69:51]
  assign m_ks_out_1 = _T_3 ? _T_65 : _T_59; // @[Ctl.scala 69:37]
  assign _T_69 = cyc_cnt_shift[2]; // @[Ctl.scala 69:69]
  assign _T_71 = ~ _T_69; // @[Ctl.scala 69:73]
  assign _T_72 = io_regfile_pol ? _T_69 : _T_71; // @[Ctl.scala 69:51]
  assign m_ks_out_2 = _T_4 ? _T_72 : _T_59; // @[Ctl.scala 69:37]
  assign _T_76 = cyc_cnt_shift[3]; // @[Ctl.scala 69:69]
  assign _T_78 = ~ _T_76; // @[Ctl.scala 69:73]
  assign _T_79 = io_regfile_pol ? _T_76 : _T_78; // @[Ctl.scala 69:51]
  assign m_ks_out_3 = _T_5 ? _T_79 : _T_59; // @[Ctl.scala 69:37]
  assign _T_83 = cyc_cnt_shift[4]; // @[Ctl.scala 69:69]
  assign _T_85 = ~ _T_83; // @[Ctl.scala 69:73]
  assign _T_86 = io_regfile_pol ? _T_83 : _T_85; // @[Ctl.scala 69:51]
  assign m_ks_out_4 = _T_6 ? _T_86 : _T_59; // @[Ctl.scala 69:37]
  assign _T_90 = cyc_cnt_shift[5]; // @[Ctl.scala 69:69]
  assign _T_92 = ~ _T_90; // @[Ctl.scala 69:73]
  assign _T_93 = io_regfile_pol ? _T_90 : _T_92; // @[Ctl.scala 69:51]
  assign m_ks_out_5 = _T_7 ? _T_93 : _T_59; // @[Ctl.scala 69:37]
  assign _T_97 = cyc_cnt_shift[6]; // @[Ctl.scala 69:69]
  assign _T_99 = ~ _T_97; // @[Ctl.scala 69:73]
  assign _T_100 = io_regfile_pol ? _T_97 : _T_99; // @[Ctl.scala 69:51]
  assign m_ks_out_6 = _T_8 ? _T_100 : _T_59; // @[Ctl.scala 69:37]
  assign _T_104 = cyc_cnt_shift[7]; // @[Ctl.scala 69:69]
  assign _T_106 = ~ _T_104; // @[Ctl.scala 69:73]
  assign _T_107 = io_regfile_pol ? _T_104 : _T_106; // @[Ctl.scala 69:51]
  assign m_ks_out_7 = _T_9 ? _T_107 : _T_59; // @[Ctl.scala 69:37]
  assign _T_111 = cyc_cnt_shift[8]; // @[Ctl.scala 69:69]
  assign _T_113 = ~ _T_111; // @[Ctl.scala 69:73]
  assign _T_114 = io_regfile_pol ? _T_111 : _T_113; // @[Ctl.scala 69:51]
  assign m_ks_out_8 = _T_10 ? _T_114 : _T_59; // @[Ctl.scala 69:37]
  assign _T_118 = cyc_cnt_shift[9]; // @[Ctl.scala 69:69]
  assign _T_120 = ~ _T_118; // @[Ctl.scala 69:73]
  assign _T_121 = io_regfile_pol ? _T_118 : _T_120; // @[Ctl.scala 69:51]
  assign m_ks_out_9 = _T_11 ? _T_121 : _T_59; // @[Ctl.scala 69:37]
  assign _T_125 = cyc_cnt_shift[10]; // @[Ctl.scala 69:69]
  assign _T_127 = ~ _T_125; // @[Ctl.scala 69:73]
  assign _T_128 = io_regfile_pol ? _T_125 : _T_127; // @[Ctl.scala 69:51]
  assign m_ks_out_10 = _T_12 ? _T_128 : _T_59; // @[Ctl.scala 69:37]
  assign _T_132 = cyc_cnt_shift[11]; // @[Ctl.scala 69:69]
  assign _T_134 = ~ _T_132; // @[Ctl.scala 69:73]
  assign _T_135 = io_regfile_pol ? _T_132 : _T_134; // @[Ctl.scala 69:51]
  assign m_ks_out_11 = _T_13 ? _T_135 : _T_59; // @[Ctl.scala 69:37]
  assign _T_139 = cyc_cnt_shift[12]; // @[Ctl.scala 69:69]
  assign _T_141 = ~ _T_139; // @[Ctl.scala 69:73]
  assign _T_142 = io_regfile_pol ? _T_139 : _T_141; // @[Ctl.scala 69:51]
  assign m_ks_out_12 = _T_14 ? _T_142 : _T_59; // @[Ctl.scala 69:37]
  assign _T_146 = cyc_cnt_shift[13]; // @[Ctl.scala 69:69]
  assign _T_148 = ~ _T_146; // @[Ctl.scala 69:73]
  assign _T_149 = io_regfile_pol ? _T_146 : _T_148; // @[Ctl.scala 69:51]
  assign m_ks_out_13 = _T_15 ? _T_149 : _T_59; // @[Ctl.scala 69:37]
  assign _T_153 = cyc_cnt_shift[14]; // @[Ctl.scala 69:69]
  assign _T_155 = ~ _T_153; // @[Ctl.scala 69:73]
  assign _T_156 = io_regfile_pol ? _T_153 : _T_155; // @[Ctl.scala 69:51]
  assign m_ks_out_14 = _T_16 ? _T_156 : _T_59; // @[Ctl.scala 69:37]
  assign _T_160 = cyc_cnt_shift[15]; // @[Ctl.scala 69:69]
  assign _T_162 = ~ _T_160; // @[Ctl.scala 69:73]
  assign _T_163 = io_regfile_pol ? _T_160 : _T_162; // @[Ctl.scala 69:51]
  assign m_ks_out_15 = _T_17 ? _T_163 : _T_59; // @[Ctl.scala 69:37]
  assign _T_167 = cyc_cnt_shift[16]; // @[Ctl.scala 69:69]
  assign _T_169 = ~ _T_167; // @[Ctl.scala 69:73]
  assign _T_170 = io_regfile_pol ? _T_167 : _T_169; // @[Ctl.scala 69:51]
  assign m_ks_out_16 = _T_18 ? _T_170 : _T_59; // @[Ctl.scala 69:37]
  assign _T_174 = cyc_cnt_shift[17]; // @[Ctl.scala 69:69]
  assign _T_176 = ~ _T_174; // @[Ctl.scala 69:73]
  assign _T_177 = io_regfile_pol ? _T_174 : _T_176; // @[Ctl.scala 69:51]
  assign m_ks_out_17 = _T_19 ? _T_177 : _T_59; // @[Ctl.scala 69:37]
  assign _T_192 = {m_ks_out_8,m_ks_out_7,m_ks_out_6,m_ks_out_5,m_ks_out_4,m_ks_out_3,m_ks_out_2,m_ks_out_1,m_ks_out_0}; // @[Ctl.scala 71:32]
  assign _T_201 = {m_ks_out_17,m_ks_out_16,m_ks_out_15,m_ks_out_14,m_ks_out_13,m_ks_out_12,m_ks_out_11,m_ks_out_10,m_ks_out_9,_T_192}; // @[Ctl.scala 71:32]
  assign _T_208 = valid_change == 1'h0; // @[Ctl.scala 85:35]
  assign _T_209 = _T_41 & _T_208; // @[Ctl.scala 85:32]
  assign _T_211 = deb_cnt + 16'h1; // @[Ctl.scala 86:24]
  assign _T_220 = sintval_finish == 1'h0; // @[Ctl.scala 101:40]
  assign _T_221 = _T_44 & _T_220; // @[Ctl.scala 101:37]
  assign _T_223 = sintval_cnt + 16'h1; // @[Ctl.scala 102:32]
  assign _T_227 = rintval_finish == 1'h0; // @[Ctl.scala 115:36]
  assign _T_228 = _T_45 & _T_227; // @[Ctl.scala 115:33]
  assign _T_230 = rintval_cnt + 4'h1; // @[Ctl.scala 116:31]
  assign _T_234 = step_cnt + 2'h1; // @[Ctl.scala 127:23]
  assign _GEN_27 = _T_47 ? cyc_cnt_shift : 19'h20000; // @[Ctl.scala 196:39]
  assign _GEN_28 = _T_50 ? 19'h0 : _GEN_27; // @[Ctl.scala 194:33]
  assign _GEN_29 = _T_49 ? 18'h20000 : cyc_cnt; // @[Ctl.scala 205:43]
  assign _GEN_30 = _T_47 ? cyc_cnt_shift : {{1'd0}, _GEN_29}; // @[Ctl.scala 203:33]
  assign _GEN_31 = _T_247 ? _GEN_30 : {{1'd0}, cyc_cnt}; // @[Conditional.scala 39:67]
  assign _GEN_32 = _T_238 ? _GEN_28 : _GEN_31; // @[Conditional.scala 39:67]
  assign _GEN_33 = _T_236 ? 19'h0 : _GEN_32; // @[Conditional.scala 40:58]
  assign _T_284 = io_regfile_wken == 1'h0; // @[Ctl.scala 224:24]
  assign _T_285 = valid_change & _T_284; // @[Ctl.scala 224:21]
  assign _GEN_35 = io_hs_key_ack ? 1'h0 : key_vld; // @[Ctl.scala 226:33]
  assign _GEN_36 = _T_285 | _GEN_35; // @[Ctl.scala 224:31]
  assign _T_289 = _T_41 & valid_change; // @[Ctl.scala 240:26]
  assign _T_290 = ks_state == 3'h0; // @[Ctl.scala 242:22]
  assign _T_292 = _T_290 | _T_44; // @[Ctl.scala 242:33]
  assign _GEN_39 = _T_292 ? 1'h0 : int_trig; // @[Ctl.scala 242:59]
  assign _GEN_40 = _T_289 | _GEN_39; // @[Ctl.scala 240:42]
  assign _GEN_41 = _T_44 & int_trig; // @[Ctl.scala 246:31]
  assign io_hs_key_curinfo = key_curinfo; // @[Ctl.scala 255:21]
  assign io_hs_key_vld = {{3'd0}, key_vld}; // @[Ctl.scala 256:17]
  assign io_regfile_cyc_value = _T_262 ? 5'h0 : _T_283; // @[Ctl.scala 258:24]
  assign io_regfile_ctl_int = ctl_int; // @[Ctl.scala 257:22]
  assign io_gpio_ks_out = f_ks_out; // @[Ctl.scala 260:18]
  assign io_gpio_ks_oe = f_ks_oe[17:0]; // @[Ctl.scala 259:17]
`ifdef RANDOMIZE_GARBAGE_ASSIGN
`define RANDOMIZE
`endif
`ifdef RANDOMIZE_INVALID_ASSIGN
`define RANDOMIZE
`endif
`ifdef RANDOMIZE_REG_INIT
`define RANDOMIZE
`endif
`ifdef RANDOMIZE_MEM_INIT
`define RANDOMIZE
`endif
`ifndef RANDOM
`define RANDOM $random
`endif
`ifdef RANDOMIZE_MEM_INIT
  integer initvar;
`endif
initial begin
  `ifdef RANDOMIZE
    `ifdef INIT_RANDOM
      `INIT_RANDOM
    `endif
    `ifndef VERILATOR
      `ifdef RANDOMIZE_DELAY
        #`RANDOMIZE_DELAY begin end
      `else
        #0.002 begin end
      `endif
    `endif
  `ifdef RANDOMIZE_REG_INIT
  _RAND_0 = {1{`RANDOM}};
  ks_state = _RAND_0[2:0];
  `endif // RANDOMIZE_REG_INIT
  `ifdef RANDOMIZE_REG_INIT
  _RAND_1 = {1{`RANDOM}};
  key_vld = _RAND_1[0:0];
  `endif // RANDOMIZE_REG_INIT
  `ifdef RANDOMIZE_REG_INIT
  _RAND_2 = {1{`RANDOM}};
  ks_in_d = _RAND_2[7:0];
  `endif // RANDOMIZE_REG_INIT
  `ifdef RANDOMIZE_REG_INIT
  _RAND_3 = {1{`RANDOM}};
  ks_in_dd = _RAND_3[7:0];
  `endif // RANDOMIZE_REG_INIT
  `ifdef RANDOMIZE_REG_INIT
  _RAND_4 = {1{`RANDOM}};
  cyc_cnt = _RAND_4[17:0];
  `endif // RANDOMIZE_REG_INIT
  `ifdef RANDOMIZE_REG_INIT
  _RAND_5 = {1{`RANDOM}};
  step_cnt = _RAND_5[1:0];
  `endif // RANDOMIZE_REG_INIT
  `ifdef RANDOMIZE_REG_INIT
  _RAND_6 = {1{`RANDOM}};
  key_cur_st_d = _RAND_6[7:0];
  `endif // RANDOMIZE_REG_INIT
  `ifdef RANDOMIZE_REG_INIT
  _RAND_7 = {1{`RANDOM}};
  f_ks_oe = _RAND_7[18:0];
  `endif // RANDOMIZE_REG_INIT
  `ifdef RANDOMIZE_REG_INIT
  _RAND_8 = {1{`RANDOM}};
  sintval_cnt = _RAND_8[15:0];
  `endif // RANDOMIZE_REG_INIT
  `ifdef RANDOMIZE_REG_INIT
  _RAND_9 = {1{`RANDOM}};
  deb_cnt = _RAND_9[15:0];
  `endif // RANDOMIZE_REG_INIT
  `ifdef RANDOMIZE_REG_INIT
  _RAND_10 = {1{`RANDOM}};
  rintval_cnt = _RAND_10[3:0];
  `endif // RANDOMIZE_REG_INIT
  `ifdef RANDOMIZE_REG_INIT
  _RAND_11 = {1{`RANDOM}};
  f_ks_out = _RAND_11[17:0];
  `endif // RANDOMIZE_REG_INIT
  `ifdef RANDOMIZE_REG_INIT
  _RAND_12 = {1{`RANDOM}};
  key_curinfo = _RAND_12[7:0];
  `endif // RANDOMIZE_REG_INIT
  `ifdef RANDOMIZE_REG_INIT
  _RAND_13 = {1{`RANDOM}};
  int_trig = _RAND_13[0:0];
  `endif // RANDOMIZE_REG_INIT
  `ifdef RANDOMIZE_REG_INIT
  _RAND_14 = {1{`RANDOM}};
  ctl_int = _RAND_14[0:0];
  `endif // RANDOMIZE_REG_INIT
  `endif // RANDOMIZE
end
  always @(posedge clock) begin
    if (_T_236) begin
      if (io_regfile_ksen) begin
        ks_state <= 3'h1;
      end else begin
        ks_state <= 3'h0;
      end
    end else if (_T_238) begin
      if (_T_239) begin
        ks_state <= 3'h0;
      end else if (sintval_finish) begin
        ks_state <= 3'h2;
      end else begin
        ks_state <= 3'h0;
      end
    end else if (_T_240) begin
      if (_T_239) begin
        ks_state <= 3'h0;
      end else if (step_cnt_max) begin
        if (key_change) begin
          ks_state <= 3'h3;
        end else begin
          ks_state <= 3'h4;
        end
      end else begin
        ks_state <= 3'h0;
      end
    end else if (_T_243) begin
      if (_T_239) begin
        ks_state <= 3'h0;
      end else if (_T_245) begin
        ks_state <= 3'h4;
      end else begin
        ks_state <= 3'h0;
      end
    end else if (_T_247) begin
      if (_T_239) begin
        ks_state <= 3'h0;
      end else if (_T_250) begin
        ks_state <= 3'h1;
      end else if (_T_252) begin
        ks_state <= 3'h2;
      end else begin
        ks_state <= 3'h0;
      end
    end else begin
      ks_state <= 3'h0;
    end
    if (reset) begin
      key_vld <= 1'h0;
    end else begin
      key_vld <= _GEN_36;
    end
    ks_in_d <= io_gpio_ks_in;
    ks_in_dd <= ks_in_d;
    if (reset) begin
      cyc_cnt <= 18'h0;
    end else begin
      cyc_cnt <= _GEN_33[17:0];
    end
    if (reset) begin
      step_cnt <= 2'h0;
    end else if (_T_47) begin
      step_cnt <= _T_234;
    end else begin
      step_cnt <= 2'h0;
    end
    if (sel_cyc_value_0) begin
      if (_T_2) begin
        key_cur_st_d <= ks_in_mask;
      end else begin
        key_cur_st_d <= 8'h0;
      end
    end else if (sel_cyc_value_1) begin
      if (_T_3) begin
        key_cur_st_d <= ks_in_mask;
      end else begin
        key_cur_st_d <= 8'h0;
      end
    end else if (sel_cyc_value_2) begin
      if (_T_4) begin
        key_cur_st_d <= ks_in_mask;
      end else begin
        key_cur_st_d <= 8'h0;
      end
    end else if (sel_cyc_value_3) begin
      if (_T_5) begin
        key_cur_st_d <= ks_in_mask;
      end else begin
        key_cur_st_d <= 8'h0;
      end
    end else if (sel_cyc_value_4) begin
      if (_T_6) begin
        key_cur_st_d <= ks_in_mask;
      end else begin
        key_cur_st_d <= 8'h0;
      end
    end else if (sel_cyc_value_5) begin
      if (_T_7) begin
        key_cur_st_d <= ks_in_mask;
      end else begin
        key_cur_st_d <= 8'h0;
      end
    end else if (sel_cyc_value_6) begin
      if (_T_8) begin
        key_cur_st_d <= ks_in_mask;
      end else begin
        key_cur_st_d <= 8'h0;
      end
    end else if (sel_cyc_value_7) begin
      if (_T_9) begin
        key_cur_st_d <= ks_in_mask;
      end else begin
        key_cur_st_d <= 8'h0;
      end
    end else if (sel_cyc_value_8) begin
      if (_T_10) begin
        key_cur_st_d <= ks_in_mask;
      end else begin
        key_cur_st_d <= 8'h0;
      end
    end else if (sel_cyc_value_9) begin
      if (_T_11) begin
        key_cur_st_d <= ks_in_mask;
      end else begin
        key_cur_st_d <= 8'h0;
      end
    end else if (sel_cyc_value_10) begin
      if (_T_12) begin
        key_cur_st_d <= ks_in_mask;
      end else begin
        key_cur_st_d <= 8'h0;
      end
    end else if (sel_cyc_value_11) begin
      if (_T_13) begin
        key_cur_st_d <= ks_in_mask;
      end else begin
        key_cur_st_d <= 8'h0;
      end
    end else if (sel_cyc_value_12) begin
      if (_T_14) begin
        key_cur_st_d <= ks_in_mask;
      end else begin
        key_cur_st_d <= 8'h0;
      end
    end else if (sel_cyc_value_13) begin
      if (_T_15) begin
        key_cur_st_d <= ks_in_mask;
      end else begin
        key_cur_st_d <= 8'h0;
      end
    end else if (sel_cyc_value_14) begin
      if (_T_16) begin
        key_cur_st_d <= ks_in_mask;
      end else begin
        key_cur_st_d <= 8'h0;
      end
    end else if (sel_cyc_value_15) begin
      if (_T_17) begin
        key_cur_st_d <= ks_in_mask;
      end else begin
        key_cur_st_d <= 8'h0;
      end
    end else if (sel_cyc_value_16) begin
      if (_T_18) begin
        key_cur_st_d <= ks_in_mask;
      end else begin
        key_cur_st_d <= 8'h0;
      end
    end else if (sel_cyc_value_17) begin
      if (_T_19) begin
        key_cur_st_d <= ks_in_mask;
      end else begin
        key_cur_st_d <= 8'h0;
      end
    end else begin
      key_cur_st_d <= 8'h0;
    end
    if (reset) begin
      f_ks_oe <= 19'h0;
    end else if (_T_48) begin
      f_ks_oe <= m_ks_oe;
    end else if (_T_53) begin
      f_ks_oe <= 19'h0;
    end
    if (reset) begin
      sintval_cnt <= 16'h0;
    end else if (_T_239) begin
      sintval_cnt <= 16'h0;
    end else if (_T_221) begin
      sintval_cnt <= _T_223;
    end else begin
      sintval_cnt <= 16'h0;
    end
    if (reset) begin
      deb_cnt <= 16'h0;
    end else if (_T_239) begin
      deb_cnt <= 16'h0;
    end else if (_T_209) begin
      deb_cnt <= _T_211;
    end else begin
      deb_cnt <= 16'h0;
    end
    if (reset) begin
      rintval_cnt <= 4'h0;
    end else if (_T_239) begin
      rintval_cnt <= 4'h0;
    end else if (_T_228) begin
      rintval_cnt <= _T_230;
    end else begin
      rintval_cnt <= 4'h0;
    end
    if (reset) begin
      f_ks_out <= 18'h0;
    end else if (_T_48) begin
      f_ks_out <= _T_201;
    end else if (_T_51) begin
      if (io_regfile_pol) begin
        f_ks_out <= 18'h0;
      end else begin
        f_ks_out <= 18'h3ffff;
      end
    end
    if (reset) begin
      key_curinfo <= 8'h0;
    end else if (valid_change) begin
      if (sel_cyc_value_0) begin
        if (_T_2) begin
          key_curinfo <= ks_in_mask;
        end else begin
          key_curinfo <= 8'h0;
        end
      end else if (sel_cyc_value_1) begin
        if (_T_3) begin
          key_curinfo <= ks_in_mask;
        end else begin
          key_curinfo <= 8'h0;
        end
      end else if (sel_cyc_value_2) begin
        if (_T_4) begin
          key_curinfo <= ks_in_mask;
        end else begin
          key_curinfo <= 8'h0;
        end
      end else if (sel_cyc_value_3) begin
        if (_T_5) begin
          key_curinfo <= ks_in_mask;
        end else begin
          key_curinfo <= 8'h0;
        end
      end else if (sel_cyc_value_4) begin
        if (_T_6) begin
          key_curinfo <= ks_in_mask;
        end else begin
          key_curinfo <= 8'h0;
        end
      end else if (sel_cyc_value_5) begin
        if (_T_7) begin
          key_curinfo <= ks_in_mask;
        end else begin
          key_curinfo <= 8'h0;
        end
      end else if (sel_cyc_value_6) begin
        if (_T_8) begin
          key_curinfo <= ks_in_mask;
        end else begin
          key_curinfo <= 8'h0;
        end
      end else if (sel_cyc_value_7) begin
        if (_T_9) begin
          key_curinfo <= ks_in_mask;
        end else begin
          key_curinfo <= 8'h0;
        end
      end else if (sel_cyc_value_8) begin
        if (_T_10) begin
          key_curinfo <= ks_in_mask;
        end else begin
          key_curinfo <= 8'h0;
        end
      end else if (sel_cyc_value_9) begin
        if (_T_11) begin
          key_curinfo <= ks_in_mask;
        end else begin
          key_curinfo <= 8'h0;
        end
      end else if (sel_cyc_value_10) begin
        if (_T_12) begin
          key_curinfo <= ks_in_mask;
        end else begin
          key_curinfo <= 8'h0;
        end
      end else if (sel_cyc_value_11) begin
        if (_T_13) begin
          key_curinfo <= ks_in_mask;
        end else begin
          key_curinfo <= 8'h0;
        end
      end else if (sel_cyc_value_12) begin
        if (_T_14) begin
          key_curinfo <= ks_in_mask;
        end else begin
          key_curinfo <= 8'h0;
        end
      end else if (sel_cyc_value_13) begin
        if (_T_15) begin
          key_curinfo <= ks_in_mask;
        end else begin
          key_curinfo <= 8'h0;
        end
      end else if (sel_cyc_value_14) begin
        if (_T_16) begin
          key_curinfo <= ks_in_mask;
        end else begin
          key_curinfo <= 8'h0;
        end
      end else if (sel_cyc_value_15) begin
        if (_T_17) begin
          key_curinfo <= ks_in_mask;
        end else begin
          key_curinfo <= 8'h0;
        end
      end else if (sel_cyc_value_16) begin
        if (_T_18) begin
          key_curinfo <= ks_in_mask;
        end else begin
          key_curinfo <= 8'h0;
        end
      end else if (sel_cyc_value_17) begin
        if (_T_19) begin
          key_curinfo <= ks_in_mask;
        end else begin
          key_curinfo <= 8'h0;
        end
      end else begin
        key_curinfo <= 8'h0;
      end
    end else if (io_hs_key_ack) begin
      key_curinfo <= 8'h0;
    end
    if (reset) begin
      int_trig <= 1'h0;
    end else begin
      int_trig <= _GEN_40;
    end
    if (reset) begin
      ctl_int <= 1'h0;
    end else begin
      ctl_int <= _GEN_41;
    end
  end
endmodule